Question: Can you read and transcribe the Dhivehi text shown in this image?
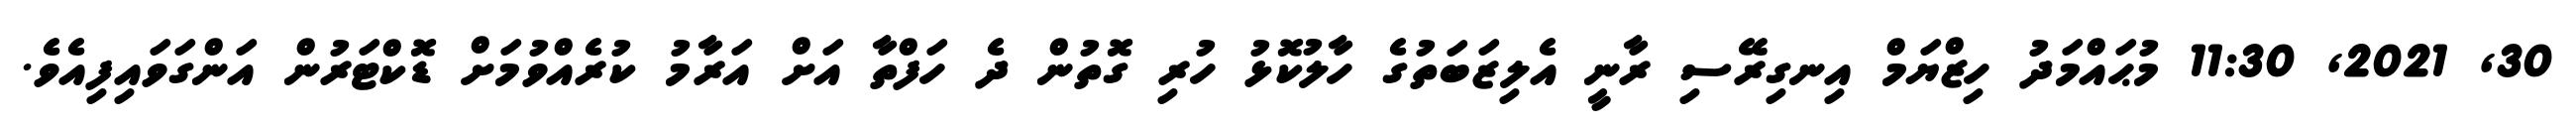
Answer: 30, 2021, 11:30 މުޙައްމަދު ހިޒްޔަމް އިނގިރޭސި ރާނީ އެލިޒަބަތުގެ ހާލުކޮޅު ހުރި ގޮތުން ދެ ހަފްތާ އަށް އަރާމު ކުރެއްވުމަށް ޑޮކްޓަރުން އަންގަވައިފިއެވެ.